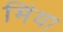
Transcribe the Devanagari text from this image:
मिंया